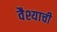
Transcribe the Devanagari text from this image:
वैश्याची